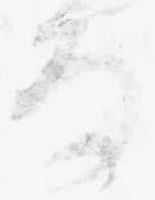
な